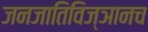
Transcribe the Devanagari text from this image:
जनजातिविज्ञानच